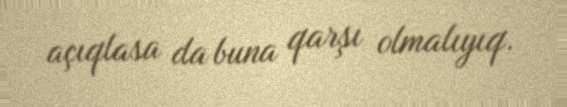
açıqlasa da buna qarşı olmalıyıq.